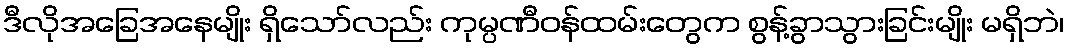
ဒီလိုအခြေအနေမျိုး ရှိသော်လည်း ကုမ္ပဏီဝန်ထမ်းတွေက စွန့်ခွာသွားခြင်းမျိုး မရှိဘဲ၊